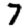
Digit: 7